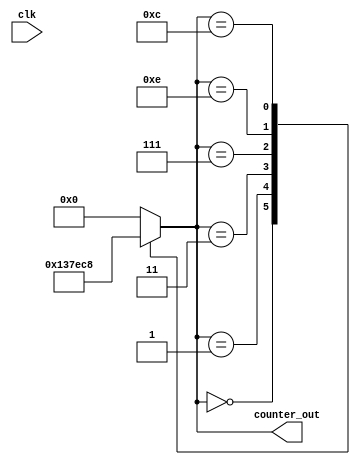
module johnson_counter (
  input wire clk,
  output reg [3:0] counter_out
);

reg [3:0] next_state;

always @(posedge clk) begin
  next_state <= {counter_out[2:0], ~counter_out[3]};
end

always @* begin
  case(counter_out)
    4'b0000: counter_out <= 4'b0001;
    4'b0001: counter_out <= 4'b0011;
    4'b0011: counter_out <= 4'b0111;
    4'b0111: counter_out <= 4'b1110;
    4'b1110: counter_out <= 4'b1100;
    4'b1100: counter_out <= 4'b1000;
    4'b1000: counter_out <= 4'b0000;
    default: counter_out <= 4'b0000;
  endcase
end

endmodule